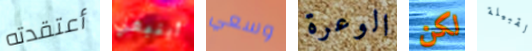
أعتقدته أينبغي وسعي الوعرة لكن القبيلة